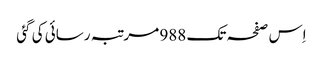
اِس صفحہ تک 988 مرتبہ رسائی کی گئی